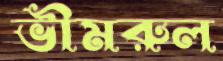
ভীমরুল